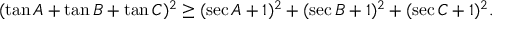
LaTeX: ( \tan A + \tan B + \tan C ) ^ { 2 } \geq ( \sec A + 1 ) ^ { 2 } + ( \sec B + 1 ) ^ { 2 } + ( \sec C + 1 ) ^ { 2 } .